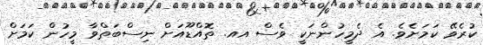
ކުރެވޭ ކަމަށެވެ. އެ ދެމީހުންނަކީ ވެސް އއ. ތޮއްޑޫއަށް ނިސްބަތްވާ މީހުން ކަމަށް